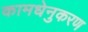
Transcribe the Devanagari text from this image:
कामधेनुकरण